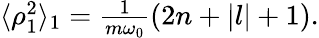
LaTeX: \begin{array}{r}{\langle\rho_{1}^{2}\rangle_{1}=\frac{1}{m\omega_{0}}\left(2n+|l|+1\right).}\end{array}